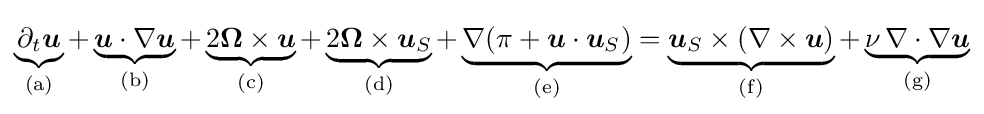
\underbrace {\partial _{t}{\boldsymbol {u}}} _{\text{(a)}}+\underbrace {{\boldsymbol {u}}\cdot \nabla {\boldsymbol {u}}} _{\text{(b)}}+\underbrace {2{\boldsymbol {\Omega }}\times {\boldsymbol {u}}} _{\text{(c)}}+\underbrace {2{\boldsymbol {\Omega }}\times {\boldsymbol {u}}_{S}} _{\text{(d)}}+\underbrace {\nabla (\pi +{\boldsymbol {u}}\cdot {\boldsymbol {u}}_{S})} _{\text{(e)}}=\underbrace {{\boldsymbol {u}}_{S}\times (\nabla \times {\boldsymbol {u}})} _{\text{(f)}}+\underbrace {\nu \,\nabla \cdot \nabla {\boldsymbol {u}}} _{\text{(g)}}